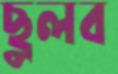
ছুলব